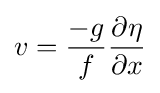
v={\frac {-g}{f}}{\frac {\partial \eta }{\partial x}}